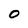
Character: 0